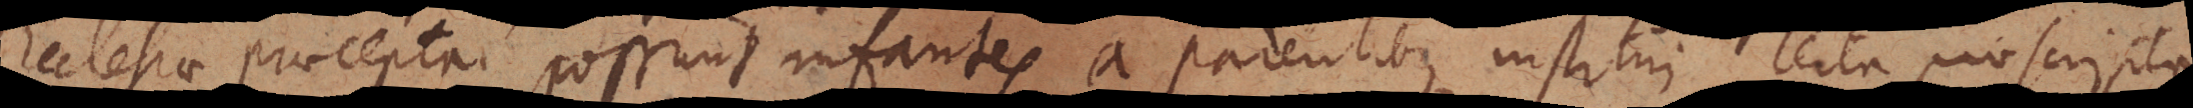
Ecclesiae praecepta, possunt infantes a parentibus institui certa proscripta